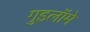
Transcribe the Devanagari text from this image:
गुइलॉमे